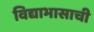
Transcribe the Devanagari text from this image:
विद्याभासाची